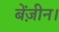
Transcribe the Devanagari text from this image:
बेंज़ीन।